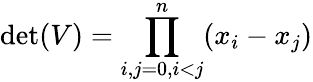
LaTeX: \operatorname*{det}(V)=\prod_{i,j=0,i<j}^{n}(x_{i}-x_{j})